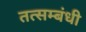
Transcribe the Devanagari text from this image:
तत्सम्बंधी